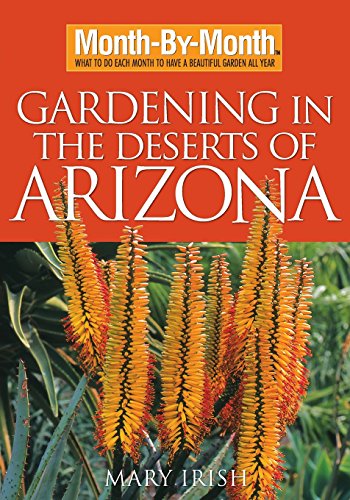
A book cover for Month-By-Month Gardening in the Deserts of Arizona: What to Do Each Month to Have a Beautiful Garden All Year; Mary Irish; Crafts, Hobbies & Home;